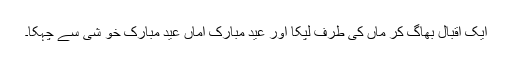
ایک اقبال بھاگ کر ماں کی طرف لپکا اور عید مبارک اماں عید مبارک خو شی سے چہکا۔